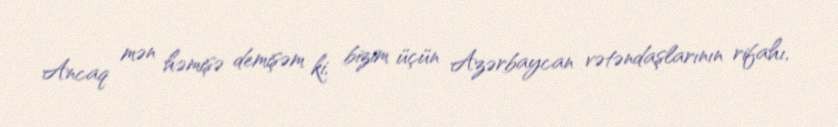
Ancaq mən həmişə demişəm ki, bizim üçün Azərbaycan vətəndaşlarının rifahı,